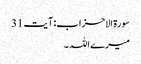
سورۃ الاحزاب: آیت 31
میرے اللہ ۔